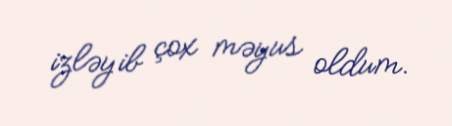
izləyib çox məyus oldum.